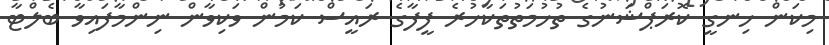
މިކަން ހިނގީ ކޮރަޕްޝަނުގެ ތުހުމަތުތަކާހުރެ ފީފާގެ ރައީސް ކަމުން ވަކިވާން ނިންމާފައިވާ ބެލްޓާ